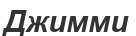
Джимми